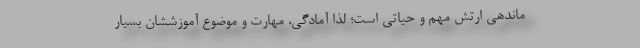
ماندهی ارتش مهم و حیاتی است؛ لذا آمادگی، مهارت و موضوع آموزششان بسیار